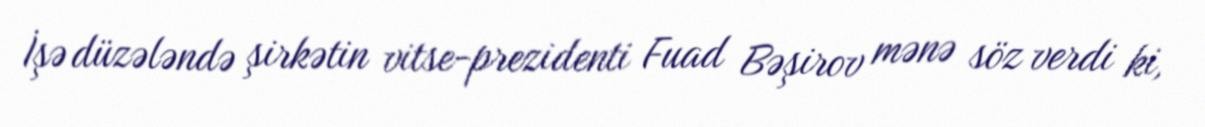
İşə düzələndə şirkətin vitse-prezidenti Fuad Bəşirov mənə söz verdi ki,